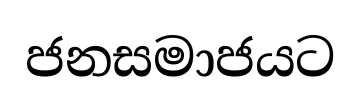
ජනසමාජයට